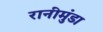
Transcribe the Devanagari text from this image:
रानीमुंडा